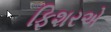
ફિશરએ